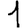
Digit: 1